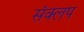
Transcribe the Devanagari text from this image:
संक्लप